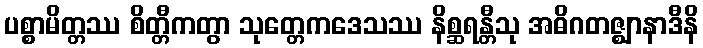
ပစ္စာမိတ္တဿ စိတ္တီကတွာ သုတ္တေကဒေသဿ နိစ္ဆရန္တီသု အဓိဂတဇ္ဈာနာဒီနိ